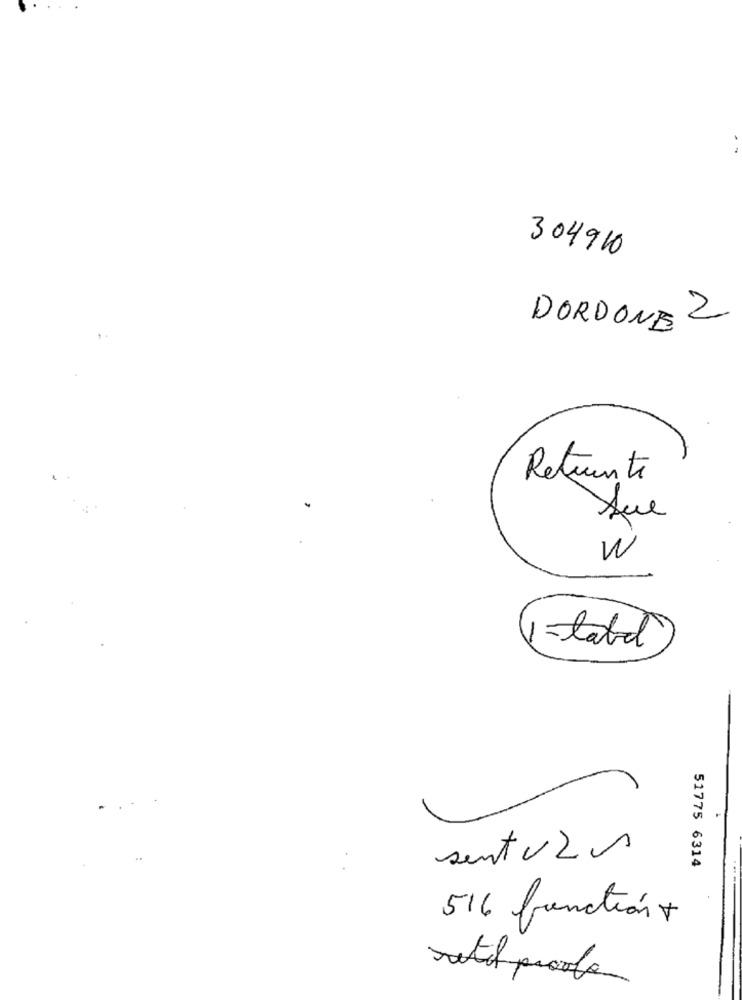
304910
DORDONE 2
AT
Reticente
W
-tate
sent vzs
51775 6314
....
516 function+
retil proole